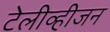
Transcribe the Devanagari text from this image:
टेलीव्हीजन